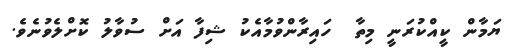
ޔަމާން ކީއްކުރަނީ މިތާ  ހައިރާންވުމާއެކު ޝިފާ އަށް ސުވާލު ކޮށްލެވުނެވެ.